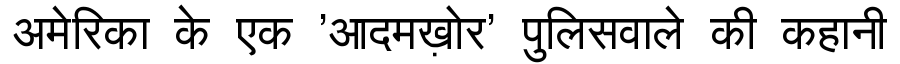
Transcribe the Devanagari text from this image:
अमेरिका के एक 'आदमख़ोर' पुलिसवाले की कहानी